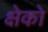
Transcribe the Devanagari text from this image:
क्षेको